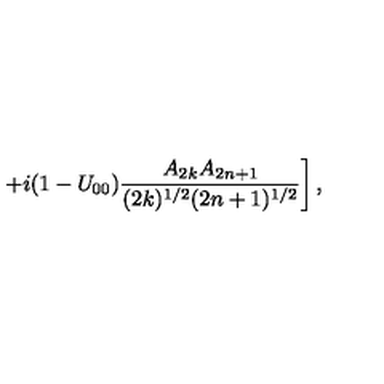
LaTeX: \left. + i ( 1 - U _ { 0 0 } ) \frac { A _ { 2 k } A _ { 2 n + 1 } } { ( 2 k ) ^ { 1 / 2 } ( 2 n + 1 ) ^ { 1 / 2 } } \right] ,